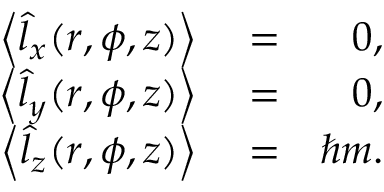
\begin{array} { r l r } { \left\langle \hat { l } _ { x } ( r , \phi , z ) \right\rangle } & { { } = } & { 0 , } \\ { \left\langle \hat { l } _ { y } ( r , \phi , z ) \right\rangle } & { { } = } & { 0 , } \\ { \left\langle \hat { l } _ { z } ( r , \phi , z ) \right\rangle } & { { } = } & { \hbar m . } \end{array}